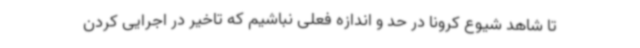
تا شاهد شیوع کرونا در حد و اندازه فعلی نباشیم که تاخیر در اجرایی کردن